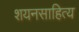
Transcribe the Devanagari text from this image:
शयनसाहित्य